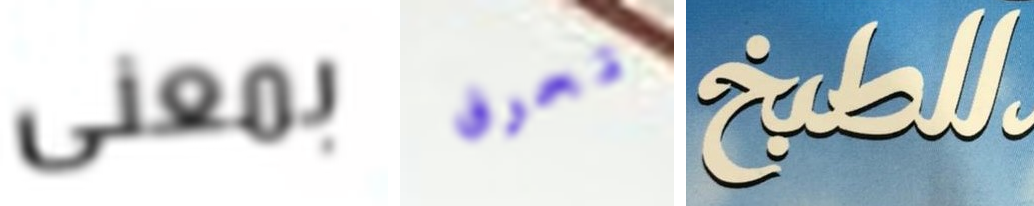
بمعنى تحرق للمطبخ